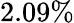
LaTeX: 2.09\%